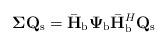
LaTeX: \begin{align*}\boldsymbol\Sigma {\bf Q}_{\rm s} = \bar{\bf H}_{\rm b}{\boldsymbol\Psi}_{\rm b}\bar{\bf H}_{\rm b}^H{\bf Q}_{\rm s}\end{align*}